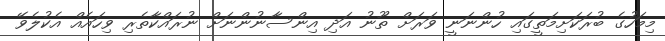
މިމަހުގެ ބުރަކަށިމަތީގައި ހުންނަނީ ވަރަށް ތޫނު އަދި އިންސާނުންނަށް ނުރައްކާތެރި ވިހައެއް އެކުލެވޭ